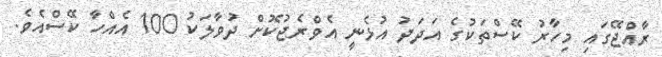
ރާއްޖޭގައި މިހާރު ކޭސްތަކުގެ އަދަދު އުޅެނީ އެވްރެޖުކޮށް ދުވާލަކު 100 އެއްހާ ކޭސްއެވެ.